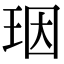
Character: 珚